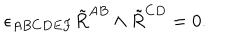
LaTeX: \epsilon _ { A B C D E F } \tilde { R } ^ { A B } \wedge \tilde { R } ^ { C D } = 0 .